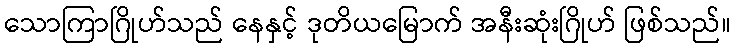
သောကြာဂြိုဟ်သည် နေနှင့် ဒုတိယမြောက် အနီးဆုံးဂြိုဟ် ဖြစ်သည်။